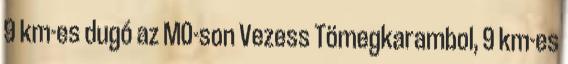
9 km-es dugó az M0-son Vezess Tömegkarambol, 9 km-es